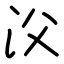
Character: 㳇